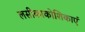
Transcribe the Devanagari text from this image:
लसीकाकोशिकाएं